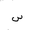
Letter: _sin